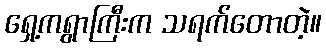
ရှေ့ကရွာကြီးက သရက်တောတဲ့။